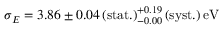
\sigma _ { E } = 3 . 8 6 \pm 0 . 0 4 \, ( \mathrm { s t a t . } ) _ { - 0 . 0 0 } ^ { + 0 . 1 9 } \, ( \mathrm { s y s t . } ) \, \mathrm { e V }